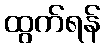
ထွက်ရန်